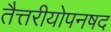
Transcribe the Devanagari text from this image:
तैत्तरीयोपनषद